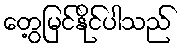
တွေ့မြင်နိုင်ပါသည်